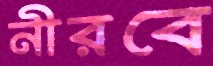
নীরবে